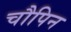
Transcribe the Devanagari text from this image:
चौपिन